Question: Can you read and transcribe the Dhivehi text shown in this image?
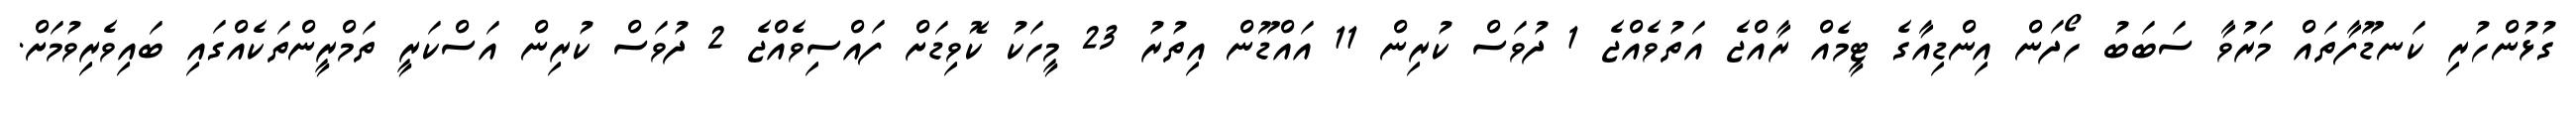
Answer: ގުޅުންހުރި ކަނޑޫފާތައް މަރުވާ ސަބަބު ހޯދަން އިންޑިއާގެ ޓީމެއް ރާއްޖެ އަތުވެއްޖެ 1 ދުވަސް ކުރިން 11 އައްޑޫން އިތުރު 23 މީހަކު ކޮވިޑަށް ފައްސިވެއްޖެ 2 ދުވަސް ކުރިން އަސްކަރީ ތަމްރީންތަކެއްގައި ބައިވެރިވުމަށް.